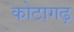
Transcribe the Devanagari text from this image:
कोटागढ़